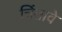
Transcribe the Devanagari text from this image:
चिंतावे